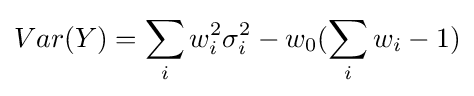
Var(Y)=\sum _{i}w_{i}^{2}\sigma _{i}^{2}-w_{0}(\sum _{i}w_{i}-1)